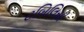
ટબિલિસી